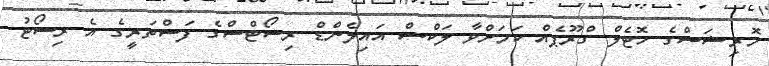
މޮރިޝަސްގެ ހޮޓެލް ގްރޫޕެއް ކަމަށްވާ ލަކްސް އައިލެންޑް ރިސޯޓްސްގެ ފަސްތަރީގެ އެ ރިސޯޓު